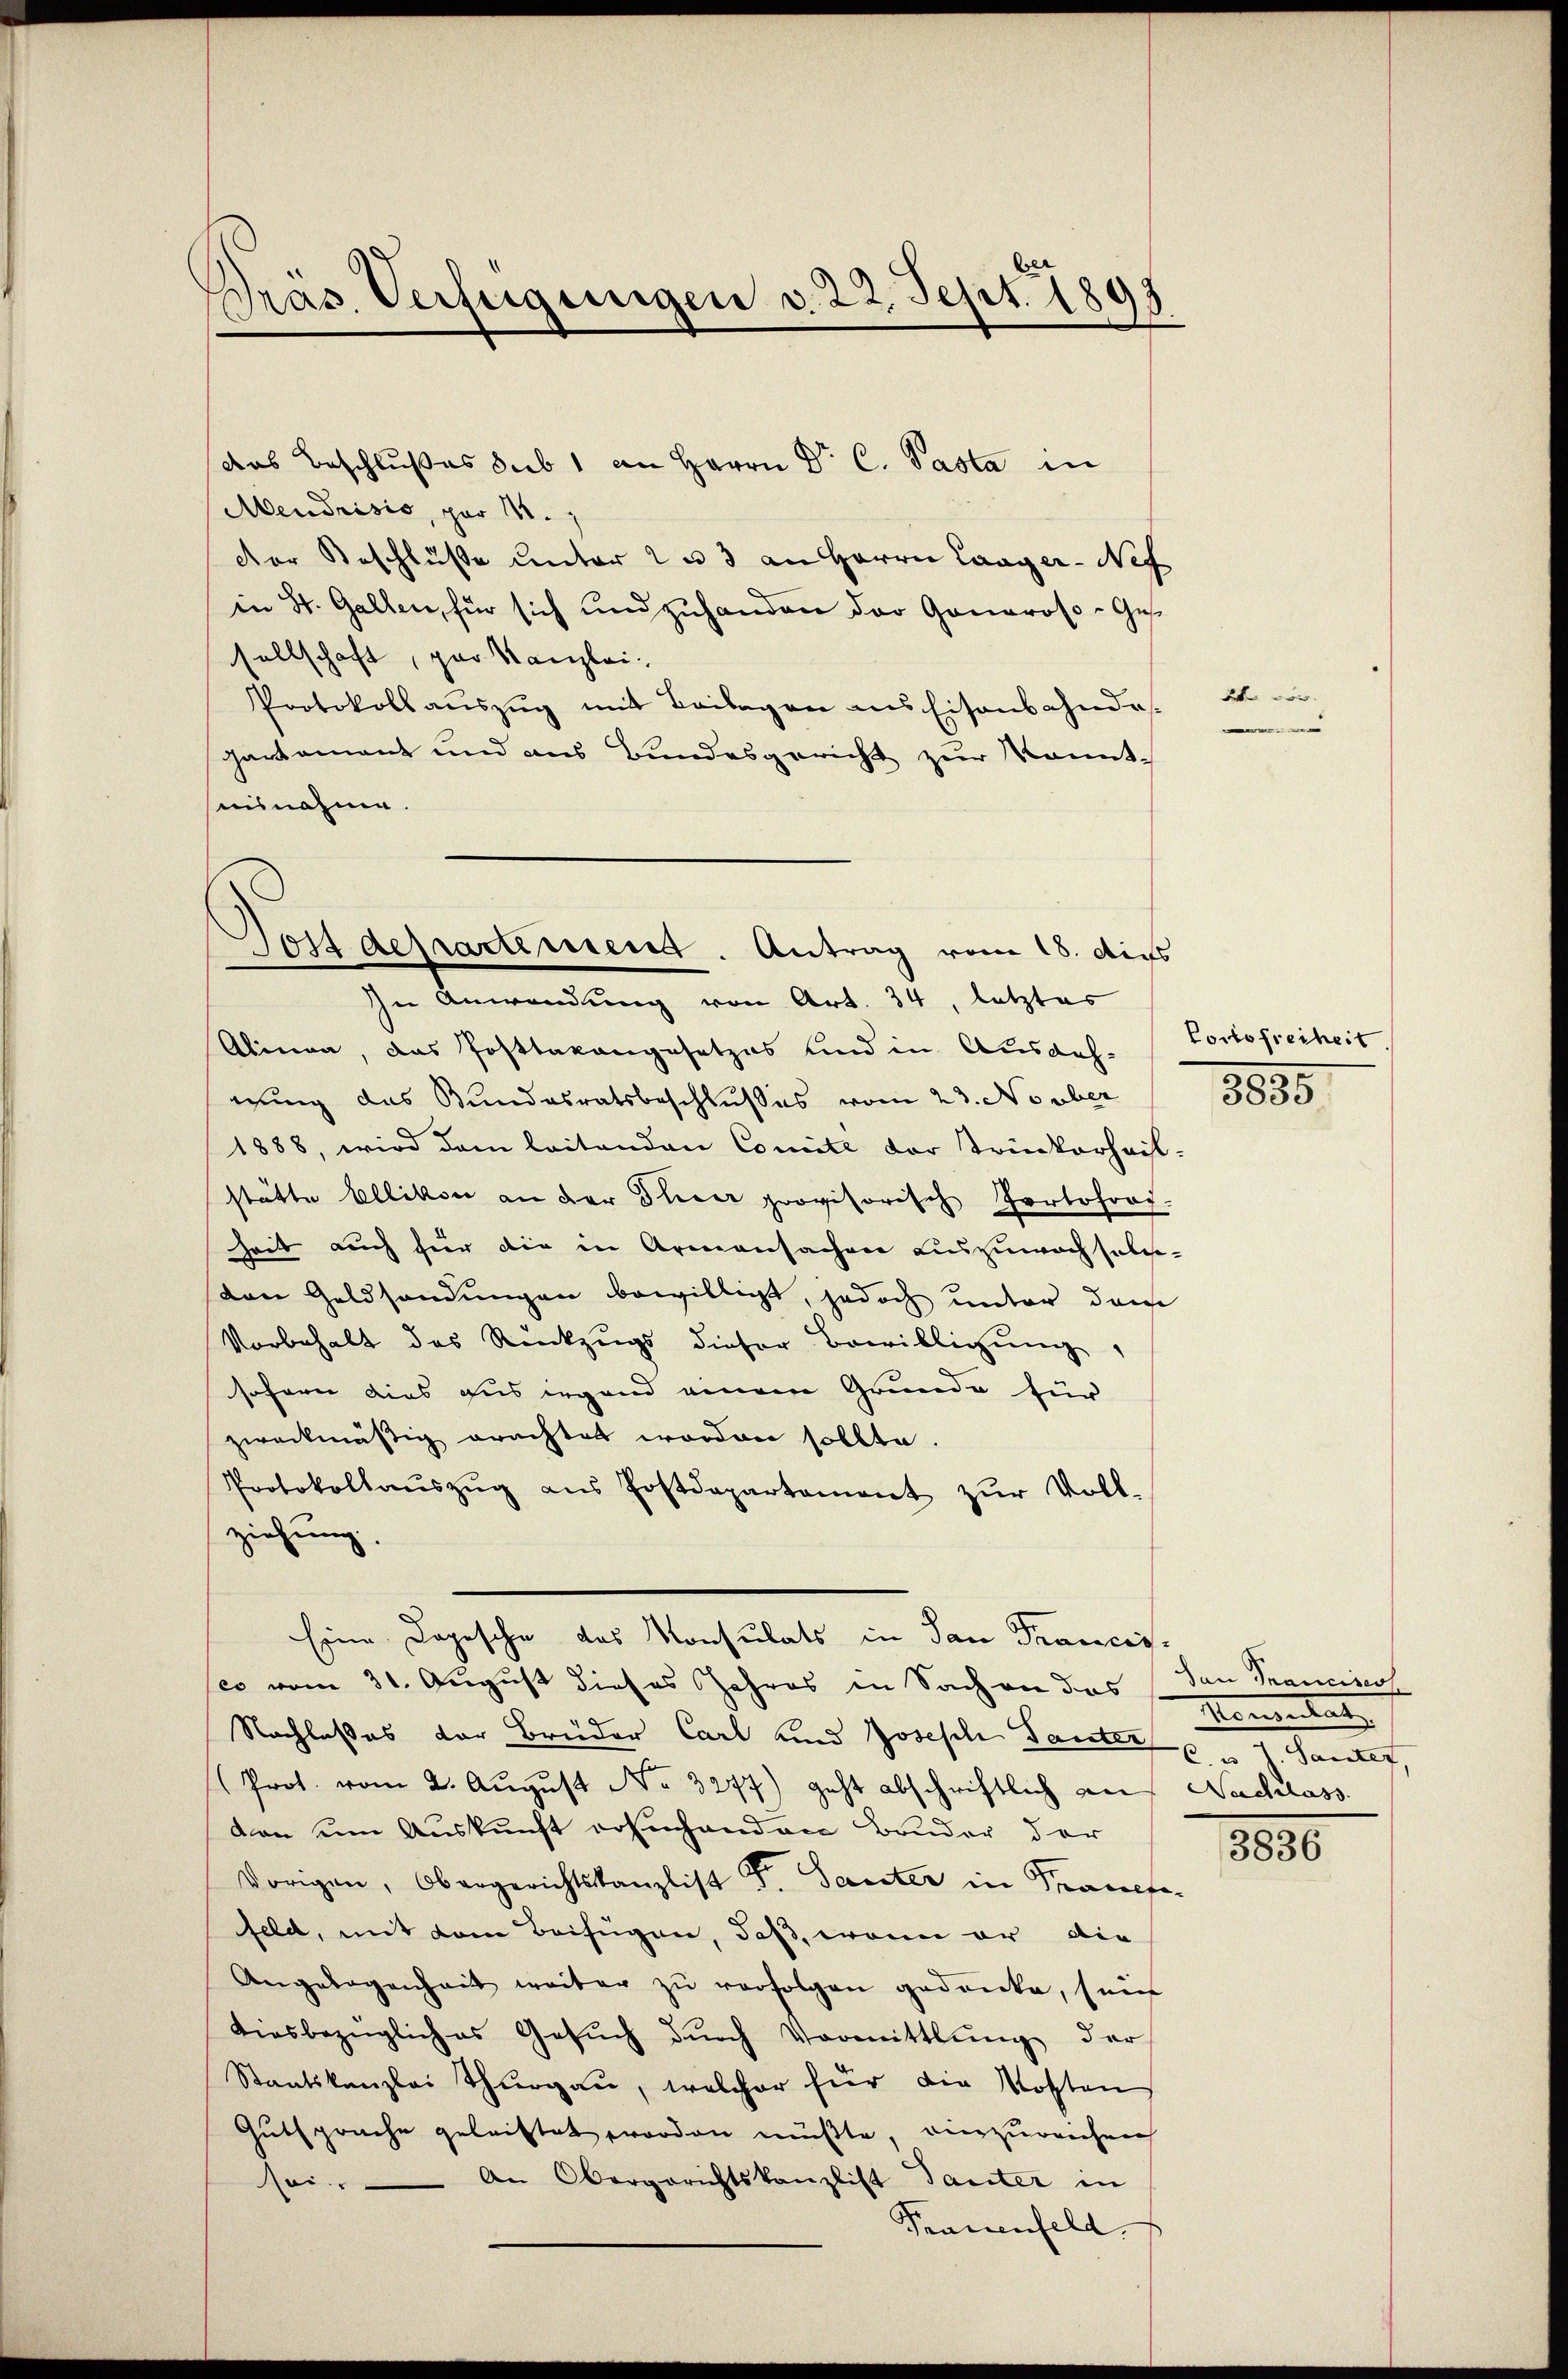
Präs. Verfügungen v. 22. Sept. 1893

das Beschlußes sub 1 an Herrn Dr. C. Pasta in
Mendrisis, por 11.
Der Beschlüße unter 2 u 3 an Herrn Laager-Nef
in St. Gallen, für sich und zuhanden der Ganaroso-Ges.
sellschaft, par Kanzlei-
Protokoll aŭszŭg mit Beilagen aus Eisenbahndas.
hartement und aus Bundesgericht zur Kennt¬
In Anwendung von Art. 34, letztes
Alinea, das Posttaxangesetzes und in Ausdeh. Portofreiheit
nung das Bundesratsbeschlußes vom 23. No über
1888, wird dem leitenden Comité der Trinkerheil-
stätte Ellikon an der Thier provisorisch Portofrod-
heit auch für die in Armensachen auszuwachselgeden Geldsendungen bewilligt, jedoch unter dem
Vorbehalt des Rückzugs dieser Bewilligŭng,
sofern dies aus irgend einem Grunde für
zweckmäßig erachtet worden sollte.
Protokollaŭszŭg aŭs Postdepartament zŭr Voll-
ziehung.
Eine Logische des Konsulats in San Francis
(es vom 31. August dieses Jahres in Sachen das den Krancinos
Nachlaßes der Brüder Carl und Joseph Santer Sautet
Prot. vom 2. Aŭgŭst No. 3277) geht abschriftlich an Nachlass
von um Auskunft ersuchenden Bruder der
Vorigen, Obergerichtskanzlist Dr. Seiter in Kraf
feld, mit dem Beifügen, daß, wenn er die
Angelegenheit weiter zŭ verfolgen gedanke, fünf
diesbezügliches Gesŭch dŭrch Vormittlung der
Staatskanzlei Thurgau, welcher für die Kosten
Gutsprache geleistet worden müßte, einzureichen
sei. An Obergerichtskanzlist Tanter in
Prauenfeld

suisnahme.

Postdepartement. Antrag vom 18. dies

3 vor.
e

8885

Hementat

8000